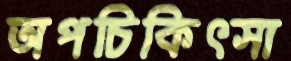
অপচিকিৎসা